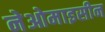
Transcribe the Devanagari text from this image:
नेओमाइसीन